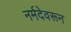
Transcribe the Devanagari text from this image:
नर्मदेवरून